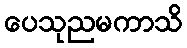
ပေသုညမကာသိ